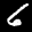
Label: 6